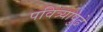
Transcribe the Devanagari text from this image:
पवित्र्यापुढे